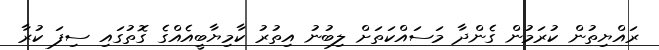
ރައްޔިތުން ކުރަމުން ގެންދާ މަސައްކަތަށް ލިބުނު އިތުރު ކާމިޔާބީއެއްގެ ގޮތުގައި ސިފަ ކުރާ